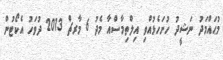
މުޙައްމަދު ނަޝީދު ހުށަހެޅުއްވި އިލްތިމާސްއާ މެދު 6 މާރޗް 2013 ދުވަހު އެކޯޓުން